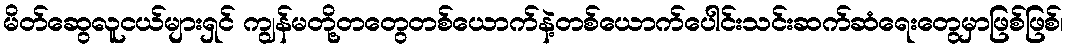
မိတ်ဆွေလူငယ်များရှင် ကျွန်မတို့တတွေတစ်ယောက်နဲ့တစ်ယောက်ပေါင်းသင်းဆက်ဆံရေးတွေမှာဖြစ်ဖြစ်၊